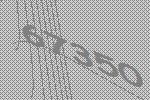
67350